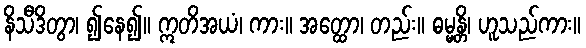
နိသီဒိတွာ၊ ၍နေ၍။ ဣတိအယံ၊ ကား။ အတ္ထော၊ တည်း။ ဓမ္မန္တိ၊ ဟူသည်ကား။